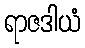
ရာဇဒါယံ